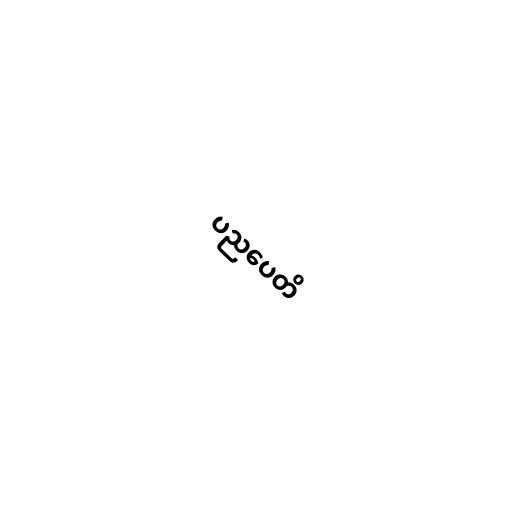
ပညပေတိ